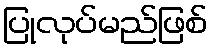
ပြုလုပ်မည်ဖြစ်